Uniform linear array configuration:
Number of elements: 24
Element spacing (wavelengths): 0.5
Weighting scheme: blackman
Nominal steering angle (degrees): -45
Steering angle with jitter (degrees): -44.571
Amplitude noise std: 0.05
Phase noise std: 0.05

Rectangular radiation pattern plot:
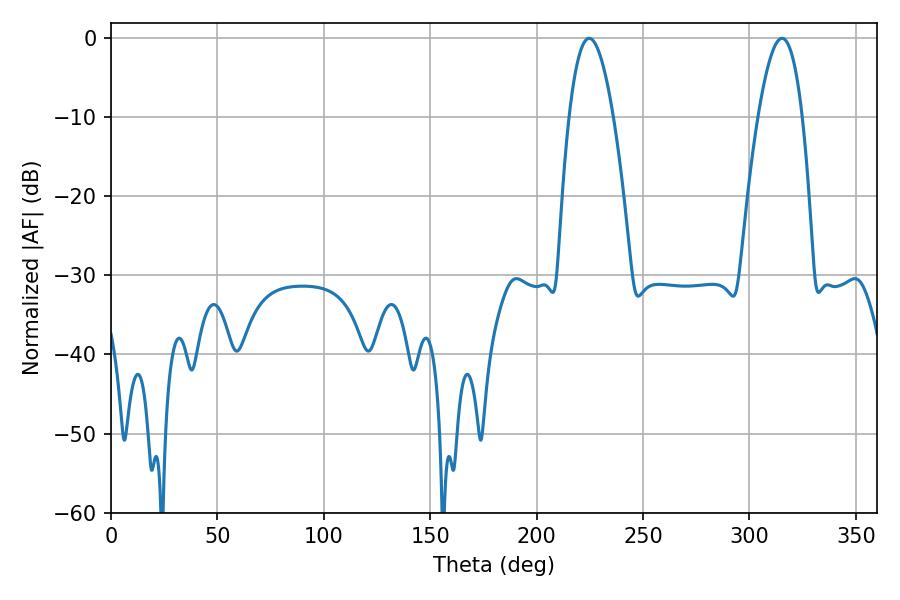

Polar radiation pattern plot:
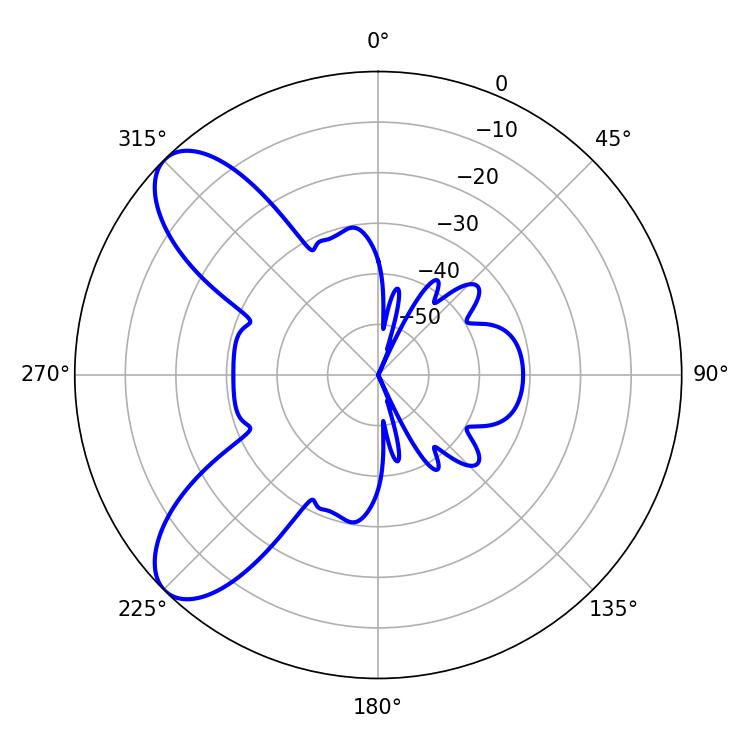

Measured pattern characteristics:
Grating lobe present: FALSE
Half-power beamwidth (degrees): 11.52
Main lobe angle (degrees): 315.36